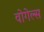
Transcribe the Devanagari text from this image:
वोगेल्स